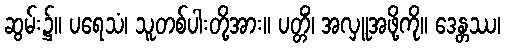
ဆွမ်း၌။ ပရေသံ၊ သူတစ်ပါးတို့အား။ ပတ္တိံ၊ အလှူအဖို့ကို။ ဒေန္တဿ၊